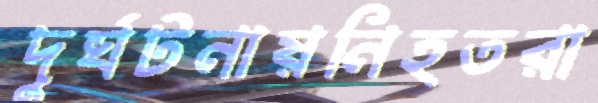
দুর্ঘটনায়নিহতরা